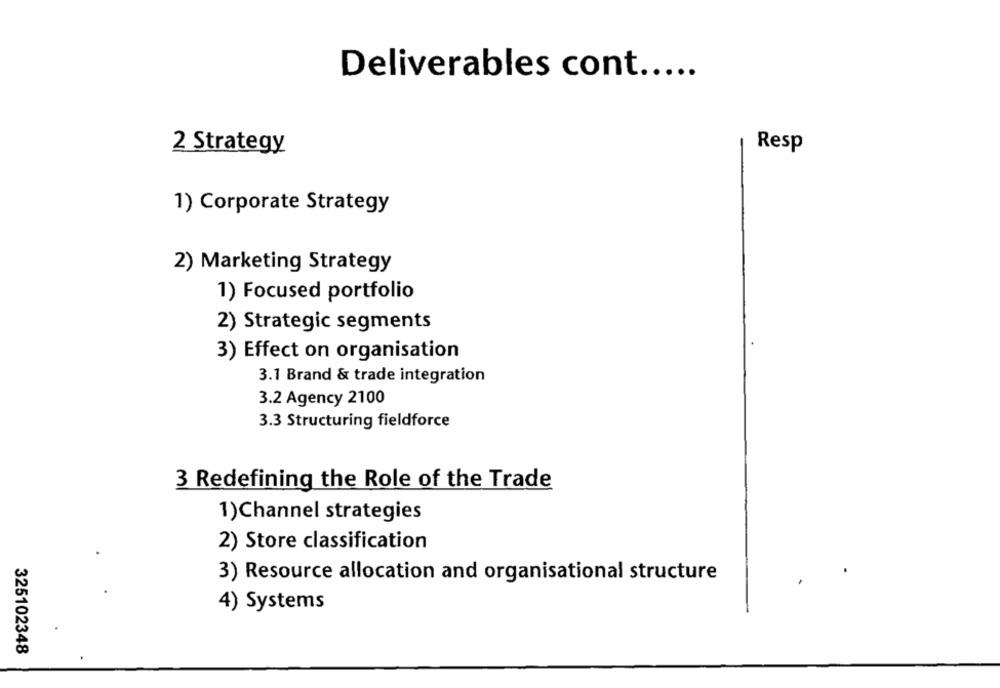
Deliverables cont .....
2 Strategy
Resp
1) Corporate Strategy
2) Marketing Strategy
1) Focused portfolio
2) Strategic segments
3) Effect on organisation
3.1 Brand & trade integration
3.2 Agency 2100
3.3 Structuring fieldforce
3 Redefining the Role of the Trade
1)Channel strategies
2) Store classification
3) Resource allocation and organisational structure
4) Systems
325102348